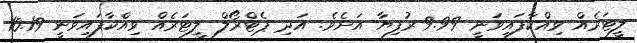
ލީޓަރެއް ވިއްކާފައިވަނީ 9.99 ރުފިޔާ އަށެވެ. އަދި ޕެޓްރޯލް ލީޓަރެއް ވިއްކާފައިވަނީ 10.19